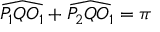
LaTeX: { \widehat { P _ { 1 } Q O _ { 1 } } } + { \widehat { P _ { 2 } Q O _ { 1 } } } = \pi